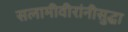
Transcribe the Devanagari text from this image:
सलामीवीरांनीसुद्धा